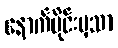
နောက်ပိုင်းမှသာ